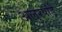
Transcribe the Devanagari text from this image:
अलुरपांडे